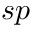
s p